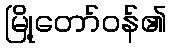
မြို့တော်ဝန်၏